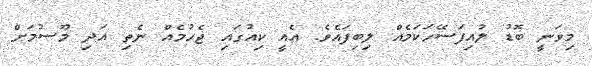
މިވަނީ ބޮޑު ލުއިފަސޭހަކަމެއް ލިބިފައެވެ. އެއީ ކިއުގައި ޖެހުމެއް ނެތި އަދި މޫސުމަށް